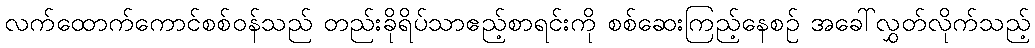
လက်ထောက်ကောင်စစ်ဝန်သည် တည်းခိုရိပ်သာဧည့်စာရင်းကို စစ်ဆေးကြည့်နေစဉ် အခေါ်လွှတ်လိုက်သည့်